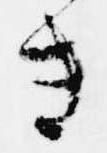
き